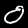
Digit: 0